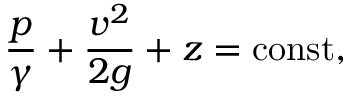
{ \frac { p } { \gamma } } + { \frac { v ^ { 2 } } { 2 g } } + z = \mathrm { c o n s t } ,